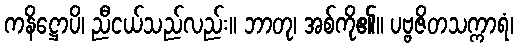
ကနိဋ္ဌောပိ၊ ညီငယ်သည်လည်း။ ဘာတု၊ အစ်ကို၏။ ပဗ္ဗဇိတသက္ကာရံ၊